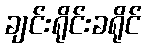
ချင်းရိုင်းခရိုင်